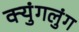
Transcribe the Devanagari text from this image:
क्युंगलुंग